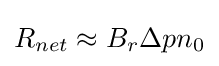
R_{net}\approx B_{r}\Delta pn_{0}